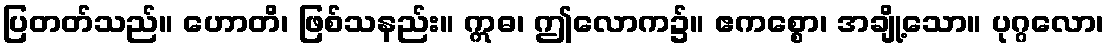
ပြတတ်သည်။ ဟောတိ၊ ဖြစ်သနည်း။ ဣဓ၊ ဤလောက၌။ ဧကစ္စော၊ အချို့သော။ ပုဂ္ဂလော၊